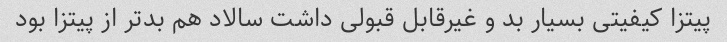
پیتزا کیفیتی بسیار بد و غیرقابل قبولی داشت سالاد هم بدتر از پیتزا بود